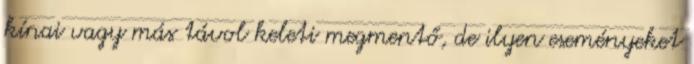
kínai vagy más távol keleti megmentő, de ilyen eseményeket